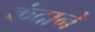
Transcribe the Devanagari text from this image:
कंदाने